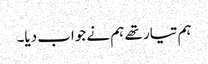
ہم تیار تھے ہم نے جواب دیا۔